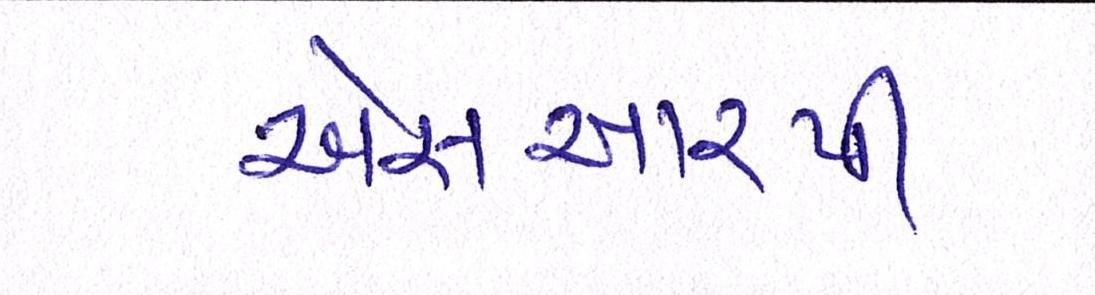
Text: એસઆરપી